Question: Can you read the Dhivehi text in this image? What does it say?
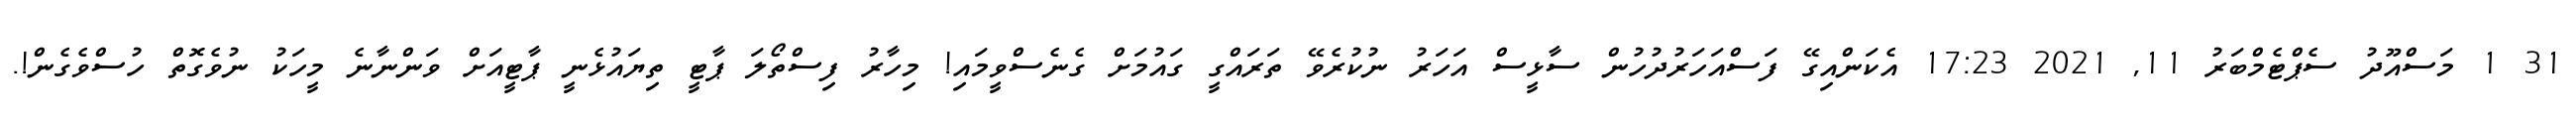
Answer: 31 1 މަސްއޫދު ސެޕްޓެމްބަރު 11, 2021 17:23 އެކަންއިގޭ ފަސްއަހަރުދުހުން ސާޅީސް އަހަރު ނުކުރެވޭ ތަރައްގީ ގައުމަށް ގެނެސްވީމައި! މިހާރު ފިސްތޯލަ ޕާޓީ ތިޔައުޅެނީ ޕާޓީއަށް ވަންނާނެ މީހަކު ނުވެގޮތް ހުސްވެގެން!.